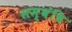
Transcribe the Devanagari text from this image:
सम्बंधि